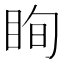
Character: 眴